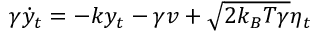
\begin{array} { r } { \gamma \dot { y } _ { t } = - k y _ { t } - \gamma v + \sqrt { 2 k _ { B } T \gamma } \eta _ { t } } \end{array}